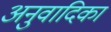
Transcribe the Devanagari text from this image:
अनुवादिका